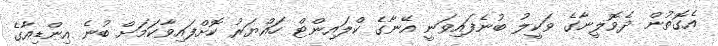
އެގޮތުން ދެވޮލީނާގެ ވަކީލު ބުނެފައިވަނީ އޭނާގެ ކްލައިންޓް ހައްޔަރު ކޮށްފައިވާކަމަށް ބުނެ އިންޑިއާގެ